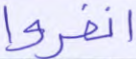
انفروا